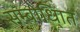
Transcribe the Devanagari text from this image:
सम्बोधि्ात